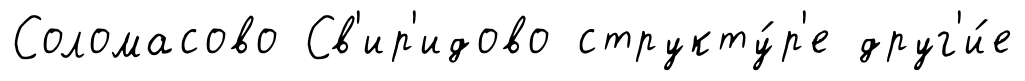
Соломасово Св'ир'идово структу́р'е друг'и́е